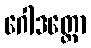
ဂေါဒတ္တော